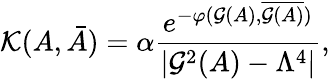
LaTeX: {\cal K}(A,\bar{A})=\alpha{\frac{e^{-\varphi({\cal G}(A),\overline{{{{\cal G}(A)}}})}}{|{\cal G}^{2}(A)-\Lambda^{4}|}},